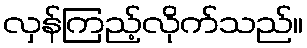
လှန်ကြည့်လိုက်သည်။